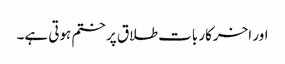
اور اخرکار بات طلاق پر ختم ہوتی ہے۔